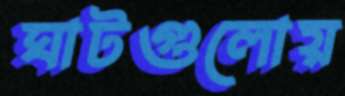
ঘাটগুলোয়